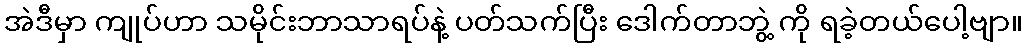
အဲဒီမှာ ကျုပ်ဟာ သမိုင်းဘာသာရပ်နဲ့ ပတ်သက်ပြီး ဒေါက်တာဘွဲ့ ကို ရခဲ့တယ်ပေါ့ဗျာ။